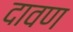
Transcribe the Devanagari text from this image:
दावण